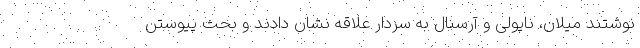
نوشتند میلان، ناپولی و آرسنال به سردار علاقه نشان دادند و بحث پیوستن